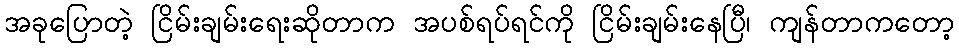
အခုပြောတဲ့ ငြိမ်းချမ်းရေးဆိုတာက အပစ်ရပ်ရင်ကို ငြိမ်းချမ်းနေပြီ၊ ကျန်တာကတော့